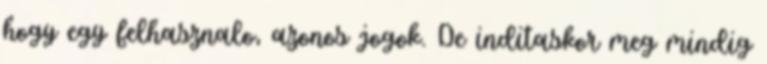
hogy egy felhasznalo, azonos jogok. De inditaskor meg mindig